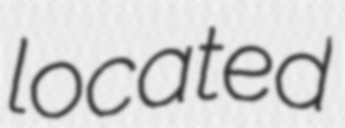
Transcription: located